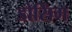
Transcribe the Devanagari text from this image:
डोसिंग